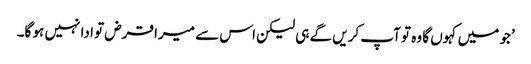
’جو میں کہوں گا وہ تو آپ کریں گے ہی لیکن اس سے میرا قرض تو ادا نہیں ہو گا۔